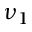
\nu _ { 1 }